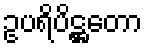
ဥပရိပိဋ္ဌတော